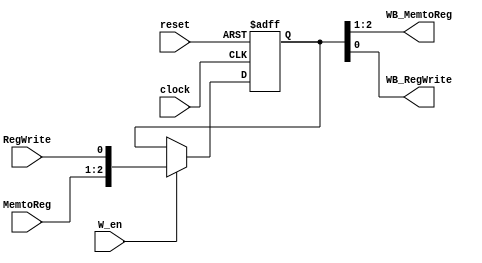
`timescale 1ns / 1ps
//////////////////////////////////////////////////////////////////////////////////
// Company: 
// Engineer: 
// 
// Design Name: 
// Module Name: ControlRegisters
// Project Name: 
// Target Devices: 
// Tool Versions: 
// Description: 
// 
// Dependencies: 
// 
// Revision:
// Revision 0.01 - File Created
// Additional Comments: Control pipeline registers
// 
//////////////////////////////////////////////////////////////////////////////////


module WBControlReg(WB_MemtoReg, WB_RegWrite, MemtoReg, RegWrite, W_en, reset, clock);
input W_en, reset, clock, RegWrite;
input [1:0] MemtoReg;
output  WB_RegWrite;
output [1:0] WB_MemtoReg;
reg [2:0] mem;

assign WB_MemtoReg = {mem[2],mem[1]};
assign WB_RegWrite = mem[0];
always @(posedge clock or posedge reset) begin
if (reset)
    mem <= 2'd0;
else begin
    if(W_en)
       mem <= {MemtoReg, RegWrite};
end
end
endmodule

module MEMControlReg(MEM_MemWrite, MEM_MemRead,  MemWrite, MemRead, W_en, reset, clock);
input W_en, reset, clock,MemWrite, MemRead;
output MEM_MemWrite, MEM_MemRead;
reg [1:0] mem;

assign MEM_MemWrite = mem[1];
assign MEM_MemRead = mem[0];

always @(posedge clock or posedge reset) begin
if (reset)
    mem <= 2'd0;
else begin
    if(W_en)
       mem <= {MemWrite, MemRead};
end
end
endmodule


module EXControlReg(EX_ALUSrc, EX_RegDest, EX_ALUOp,ALUSrc, RegDest, ALUOp, W_en, reset, clock);
input W_en, reset, clock,ALUSrc;
input [1:0] ALUOp,RegDest;
output EX_ALUSrc;
output [1:0] EX_ALUOp,EX_RegDest;
reg [4:0] mem;

assign EX_ALUSrc = mem[4];
assign EX_RegDest = {mem[3],mem[2]};
assign EX_ALUOp = {mem[1], mem[0]};

always @(posedge clock or posedge reset) begin
if (reset)
    mem <= 5'd0;
else begin
    if(W_en)
       mem <= {ALUSrc, RegDest[1:0], ALUOp[1:0]};
end
end
endmodule